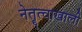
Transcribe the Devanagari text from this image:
नेतॄत्वाखाली